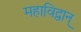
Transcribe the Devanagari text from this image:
महाविद्वान्